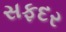
સફદર